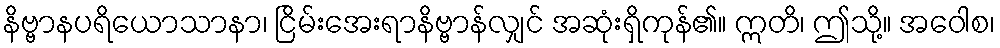
နိဗ္ဗာနပရိယောသာနာ၊ ငြိမ်းအေးရာနိဗ္ဗာန်လျှင် အဆုံးရှိကုန်၏။ ဣတိ၊ ဤသို့။ အဝေါစ၊